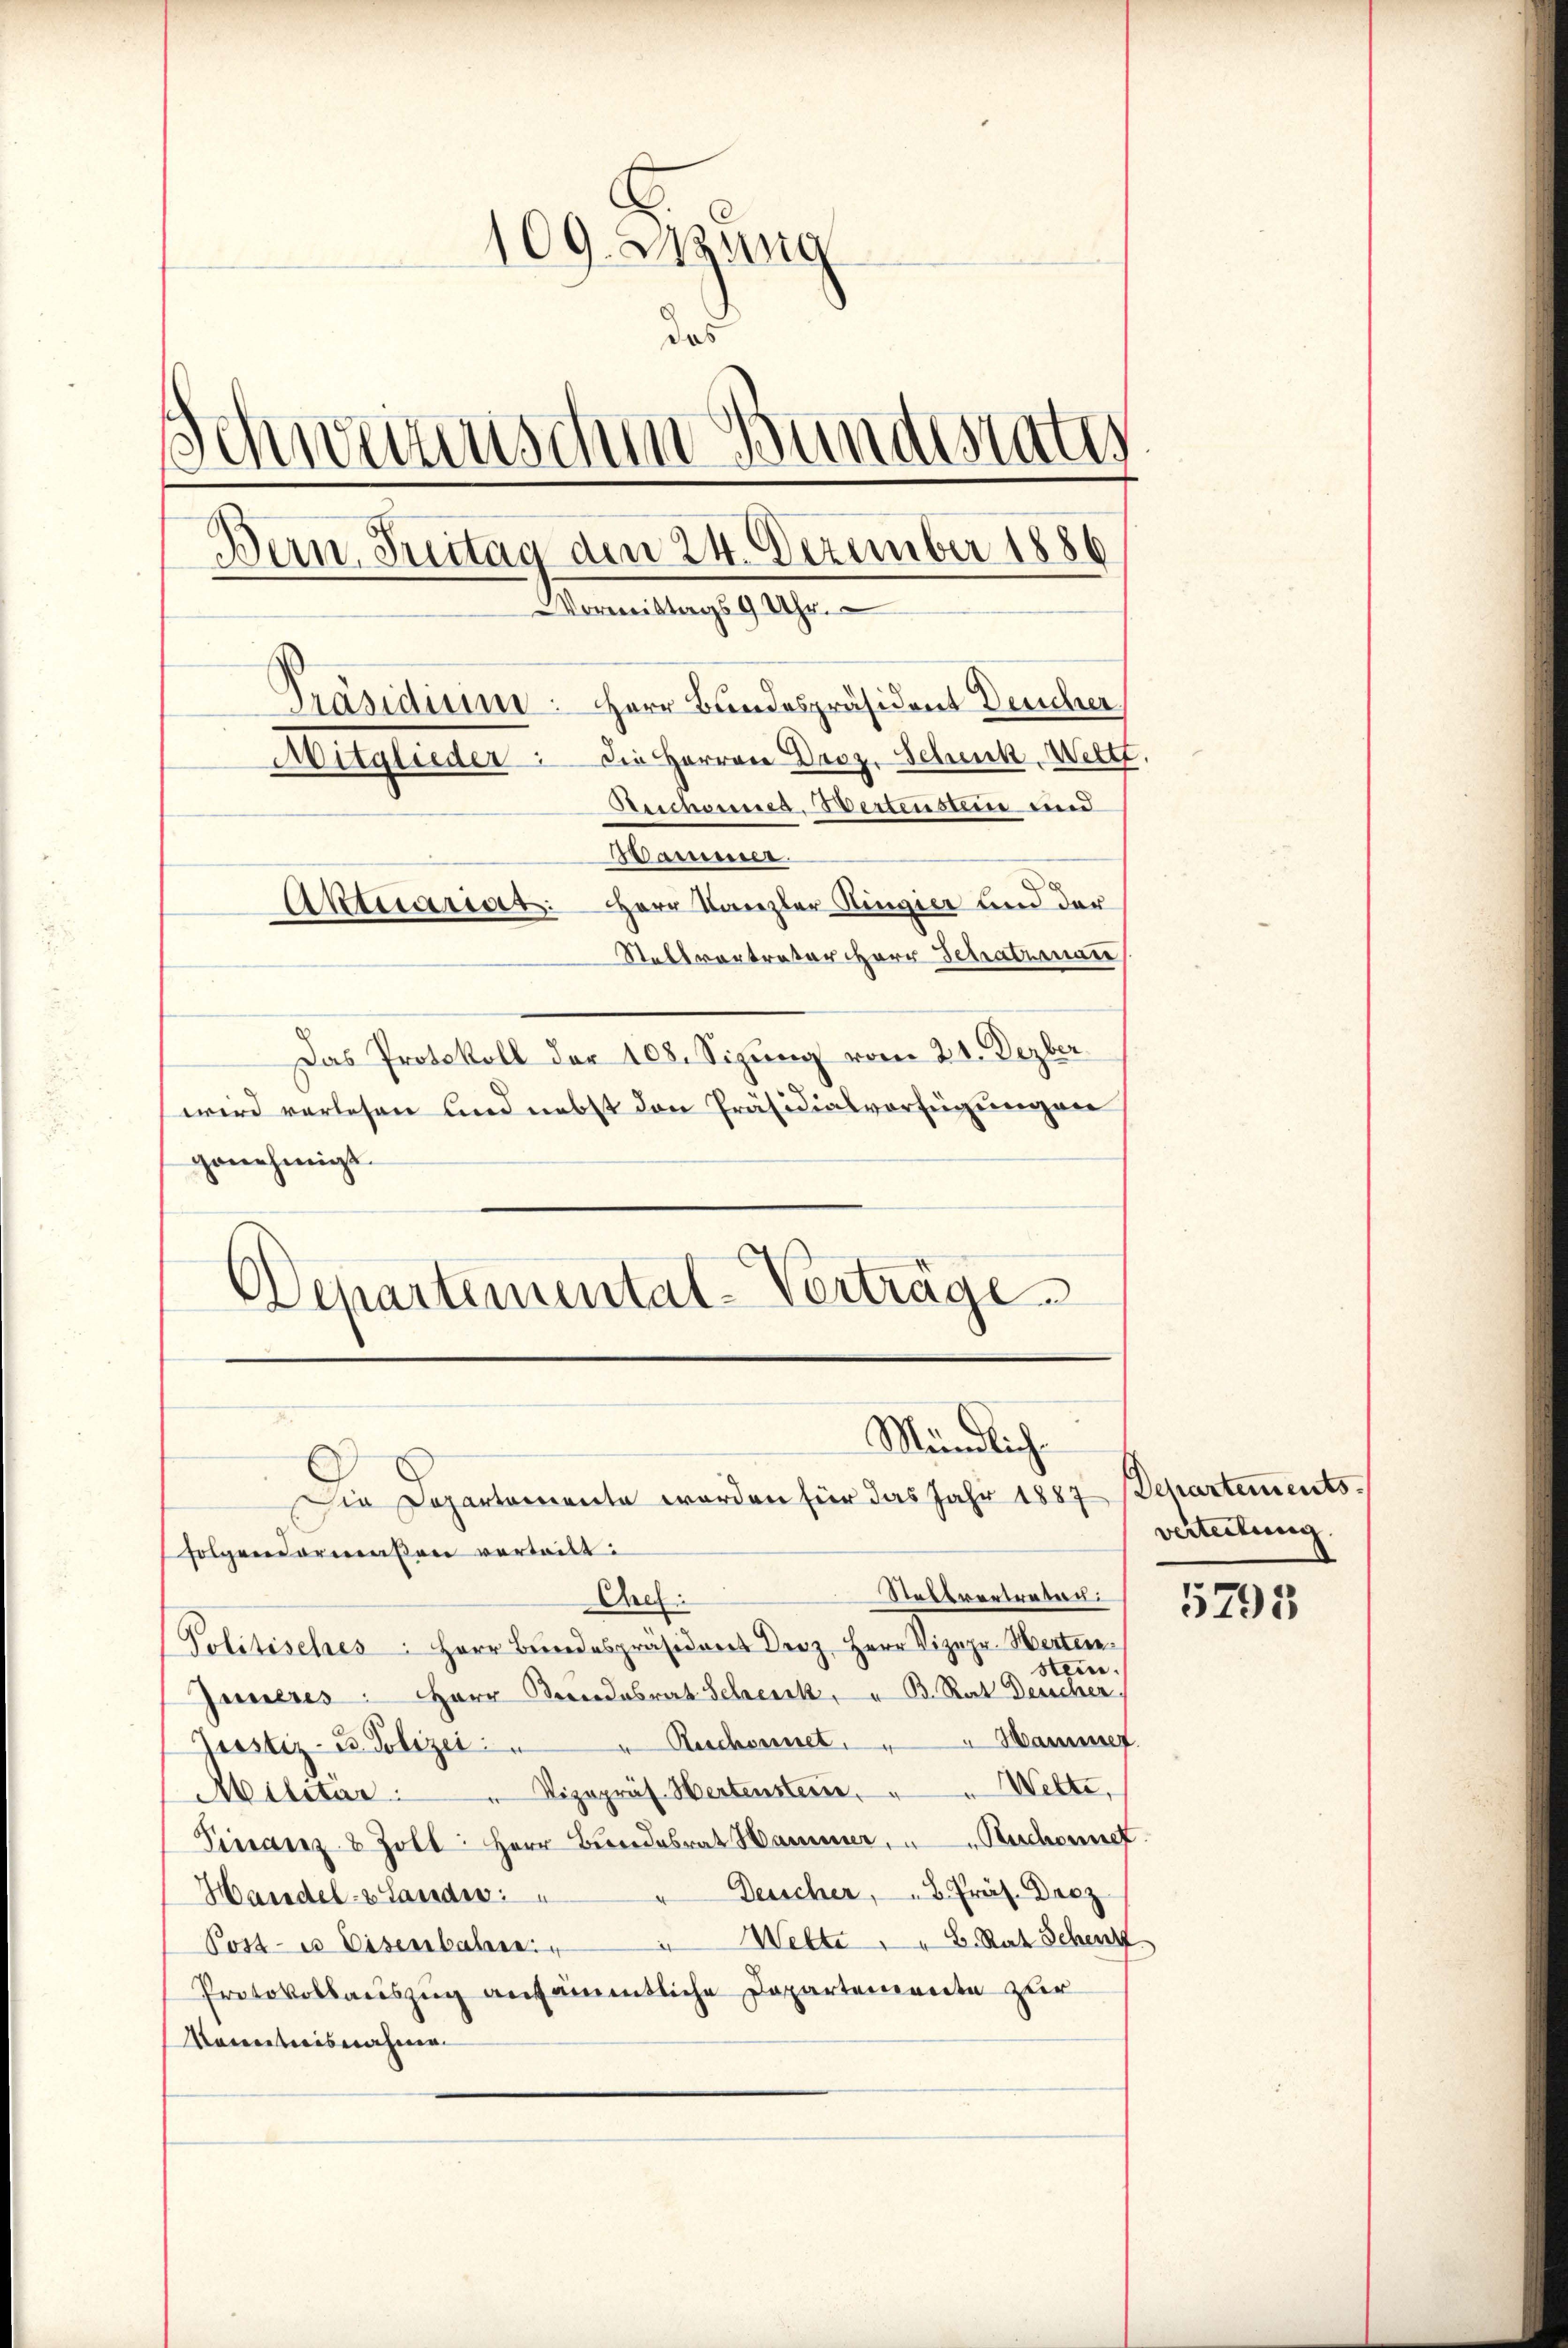
109. zwig
das
Schweizenschen Bundesrater
Bern, Freitag den 24. Dezember 1886
Vormittags 9 Uhr.
Präsidisimi: Herr Bundespräsident Deucher
Mitglieder. Die Herren Droz. Schenk, Wertt.
Reichennes Wertensteue und
Aamner
Aktuariat: Herr Kanzler Ringier und der
Stellvertreter Herr Schatzmaie
Das Protokoll der 108. Sizung vom 21. Dezber
wird verlesen und nebst den Präsidialverfügungen

genehmigt.
folgendermaßen verteilt:
Stellvertreten.
Cel:
Politisches: Herr Bundespräsident Derz, Herr Vizepr. Herterstein.
Inneres: Herr Beendesrat Scheick" B. Rat Deucher
Trostiz- u. Polizei . . " Ruchornet. " " Hammer
Militär . " Vizepräs. Hertenstein " " Wette,
Finanz- & Zoll Herr Bundesrat Hammer, Beschonne
Deucher, " B. Präs. Droz
Handel- & Landes:
Wette " " G. Rat Schenk
Post es Eisenbahren.
Protokollauszug ausämentliche Departemente zur
Kenntnisnahme

Departemental-Verträge
Mündlich
Die Departemente worden für das Jahr 1887 Schartements¬

verteilung

5795